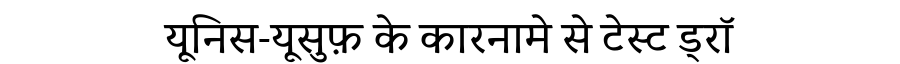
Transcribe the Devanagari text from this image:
यूनिस-यूसुफ़ के कारनामे से टेस्ट ड्रॉ